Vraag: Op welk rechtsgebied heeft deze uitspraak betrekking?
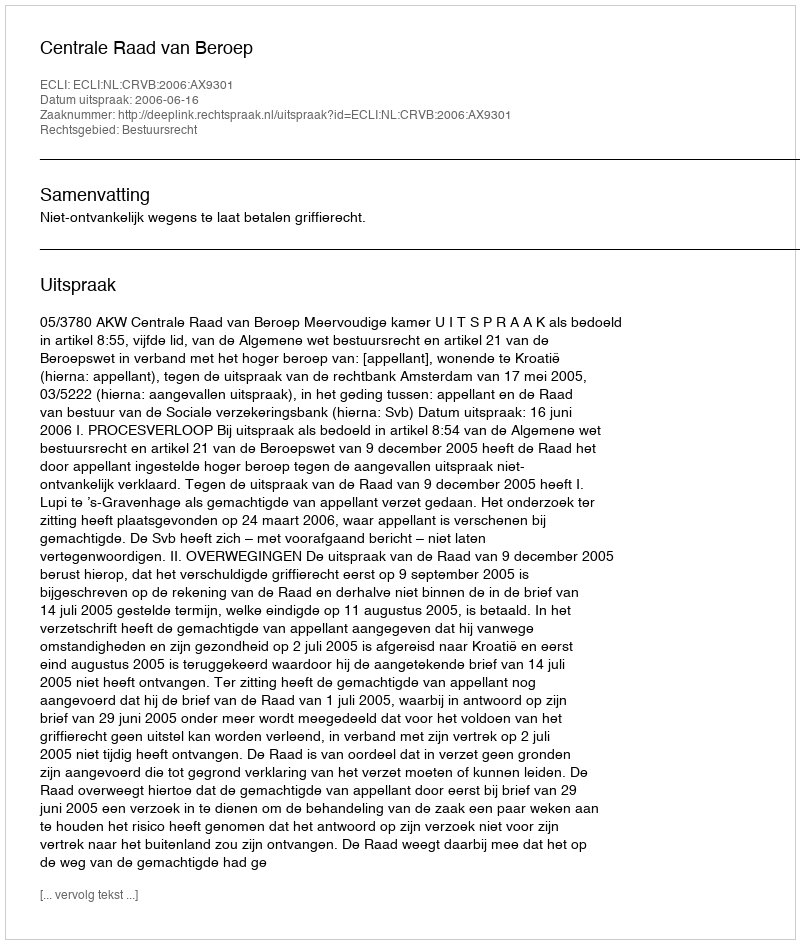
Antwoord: Bestuursrecht